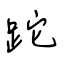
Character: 跎